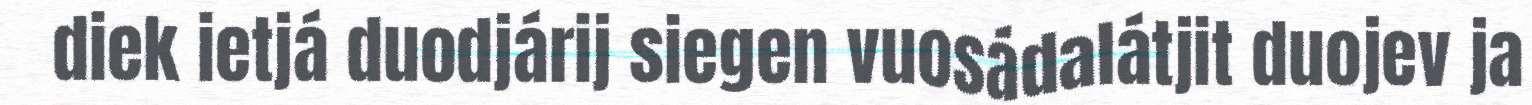
diek ietjá duodjárij siegen vuosádalátjit duojev ja